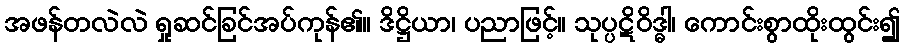
အဖန်တလဲလဲ ရှုဆင်ခြင်အပ်ကုန်၏။ ဒိဋ္ဌိယာ၊ ပညာဖြင့်။ သုပ္ပဋိဝိဒ္ဓါ၊ ကောင်းစွာထိုးထွင်း၍